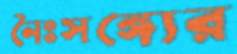
নৈঃসঙ্গ্যের